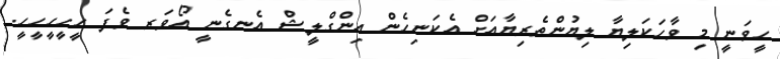
ހީވަނީ މި ވާހަކަލިޔާ ލިޔުންތެރިޔާއަށް އެކަނިހެން އިންގްލީޝް އެނގެނީ އޯވަރ ވެފަ ހީހީހީހީހީ.